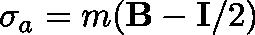
\mathbf { \sigma } _ { a } = m ( \mathbf { B } - \mathbf { I } / 2 )